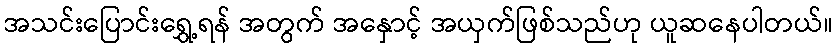
အသင်းပြောင်းရွှေ့ရန် အတွက် အနှောင့် အယှက်ဖြစ်သည်ဟု ယူဆနေပါတယ်။